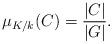
LaTeX: \begin{align*} \mu_{K/k}(C)=\frac{|C|}{|G|}.\end{align*}